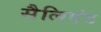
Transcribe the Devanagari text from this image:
सैलिएंट